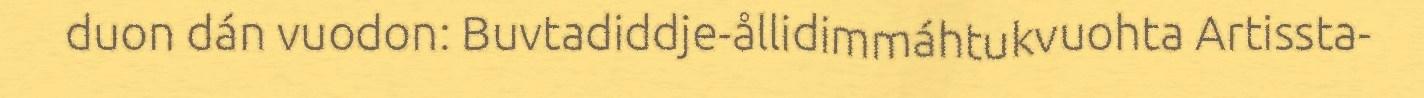
duon dán vuodon: Buvtadiddje-ållidimmáhtukvuohta Artissta-